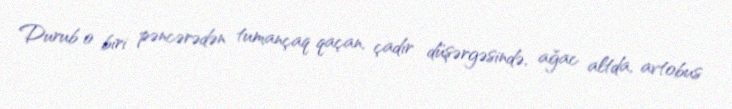
Durub o biri pəncərədən tumançaq qaçan, çadır düşərgəsində, ağac altda, avtobus